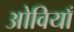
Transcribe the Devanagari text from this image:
ओवियाँ